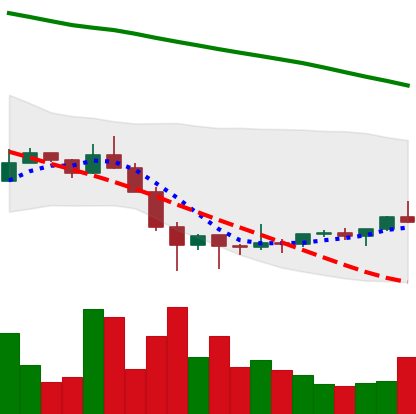
Ticker: ETC-USD
Chart end date: 2022-02-02
Forward return: 24.033%
Label: up_7plus